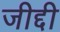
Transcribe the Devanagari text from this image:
जीद्दी